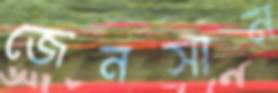
জেনসান